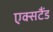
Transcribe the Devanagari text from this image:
एक्सटैंड